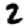
Digit: 2